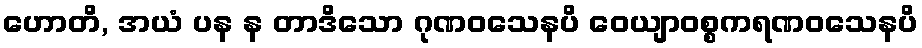
ဟောတိ, အယံ ပန န တာဒိသော ဂုဏဝသေနပိ ဝေယျာဝစ္စကရဏဝသေနပိ